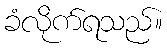
ခံလိုက်ရသည်။